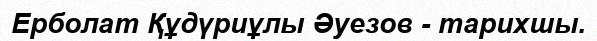
Ерболат Құдүриұлы Әуезов - тарихшы.